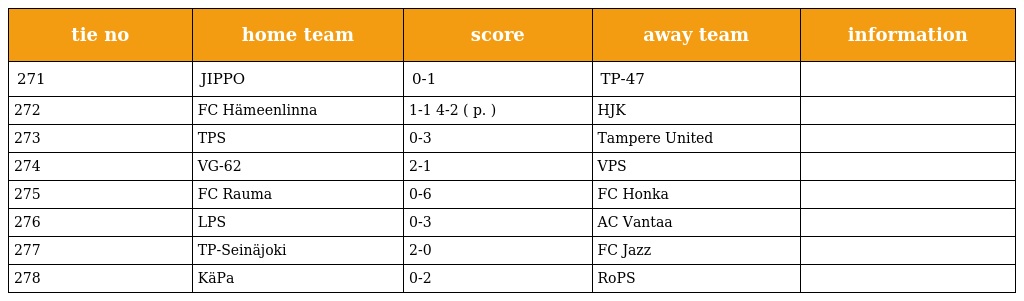
| tie no | home team | score | away team | information |
 | --- | --- | --- | --- | --- |
 | 271 | JIPPO | 0-1 | TP-47 |  |
 | 272 | FC Hämeenlinna | 1-1 4-2 ( p. ) | HJK |  |
 | 273 | TPS | 0-3 | Tampere United |  |
 | 274 | VG-62 | 2-1 | VPS |  |
 | 275 | FC Rauma | 0-6 | FC Honka |  |
 | 276 | LPS | 0-3 | AC Vantaa |  |
 | 277 | TP-Seinäjoki | 2-0 | FC Jazz |  |
 | 278 | KäPa | 0-2 | RoPS |  |